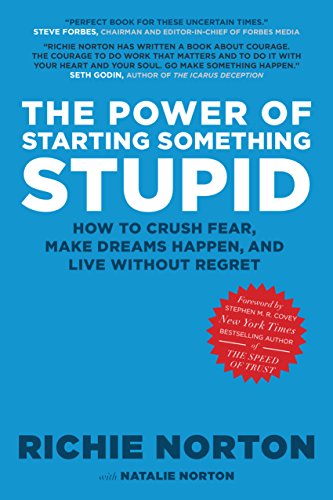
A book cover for The Power of Starting Something Stupid; Richie Norton; Self-Help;